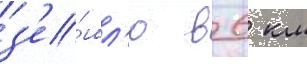
з'е́мл'ю в 6 км